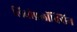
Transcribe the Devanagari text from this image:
लिवोफ़्लॉक्सिन